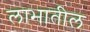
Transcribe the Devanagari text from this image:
लाभातील